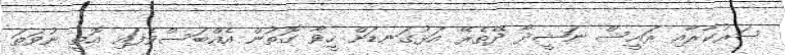
ސަރުކާރާއި ރައީސް ނަޝީދާ ދޭތެރޭ އަޅުގަނޑަށް ހީވާ ގޮތުން އެއްބަސްވެފައި އޮތީ ނުވަތަ